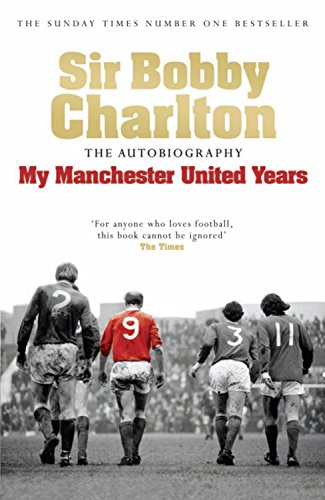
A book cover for Sir Bobby Charlton: The Autobiography: My Manchester United Years; Sir Bobby Charlton; Biographies & Memoirs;